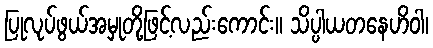
ပြုလုပ်ဖွယ်အမှုတို့ဖြင့်လည်းကောင်း။ သိပ္ပါယတနေဟိဝါ၊